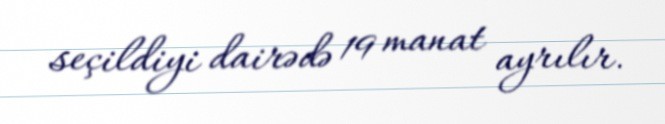
seçildiyi dairədə 19 manat ayrılır.